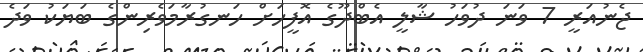
ޖެނުއަރީ 7 ވަނަ ދުވަހު ޝާލީ އެބްދޫގެ އޮފީހަށް ހަނގުރާމަވެރިންގެ ބަޔަކު ވަދެ